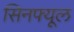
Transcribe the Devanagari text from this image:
सिनफ्यूल